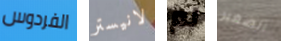
الفردوس لانيستر لم الصغير